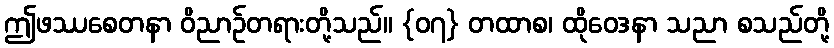
ဤဖဿစေတနာ ဝိညာဉ်တရားတို့သည်။ {၀၇} တထာစ၊ ထိုဝေဒနာ သညာ စသည်တို့